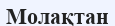
Молақтан